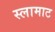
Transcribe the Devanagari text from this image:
स्लामाट